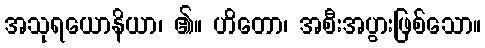
အသုရယောနိယာ၊ ၏။ ဟိတော၊ အစီးအပွားဖြစ်သော။